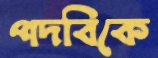
পদবিকে